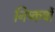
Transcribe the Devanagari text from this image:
निष्कर्षो